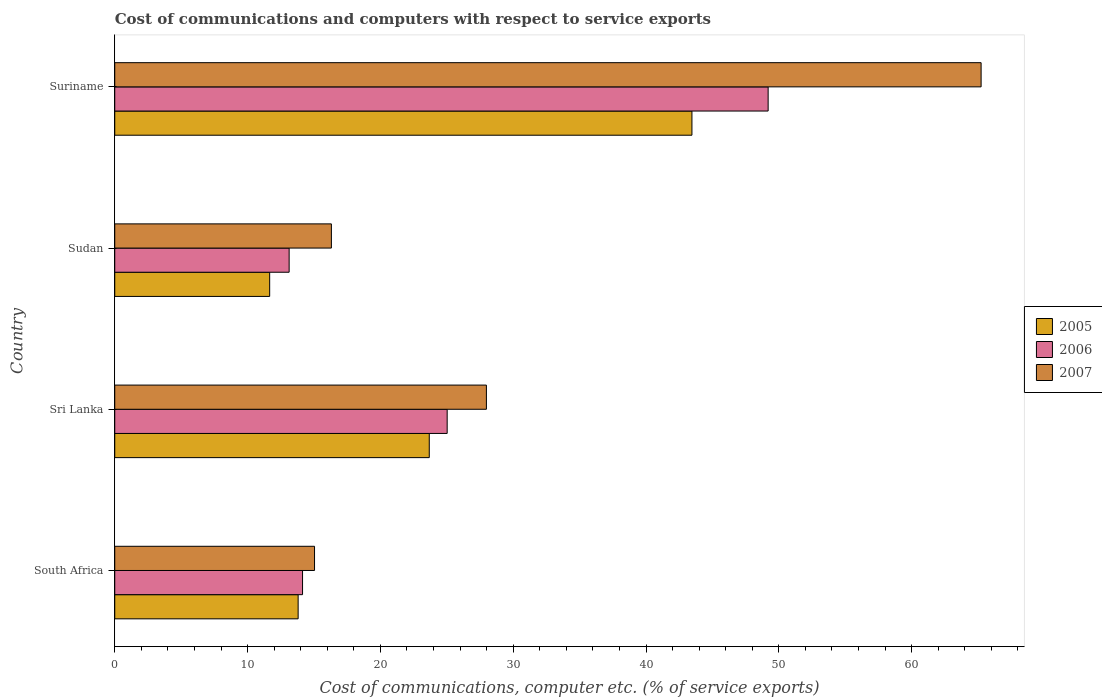
| Country | 2005 | 2006 | 2007 |
 | --- | --- | --- | --- |
 | South Africa | 13.8 | 14.1 | 15 |
 | Sri Lanka | 23.7 | 25 | 28 |
 | Sudan | 11.7 | 13.1 | 16.3 |
 | Suriname | 43.5 | 49.2 | 65.2 |